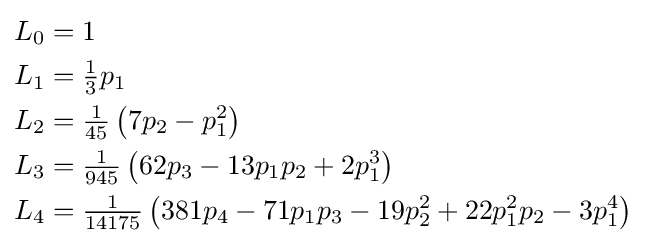
{\begin{aligned}L_{0}&=1\\L_{1}&={\tfrac {1}{3}}p_{1}\\L_{2}&={\tfrac {1}{45}}\left(7p_{2}-p_{1}^{2}\right)\\L_{3}&={\tfrac {1}{945}}\left(62p_{3}-13p_{1}p_{2}+2p_{1}^{3}\right)\\L_{4}&={\tfrac {1}{14175}}\left(381p_{4}-71p_{1}p_{3}-19p_{2}^{2}+22p_{1}^{2}p_{2}-3p_{1}^{4}\right)\end{aligned}}